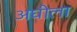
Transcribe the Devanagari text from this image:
अघीला